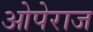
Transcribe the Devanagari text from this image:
ओपेराज